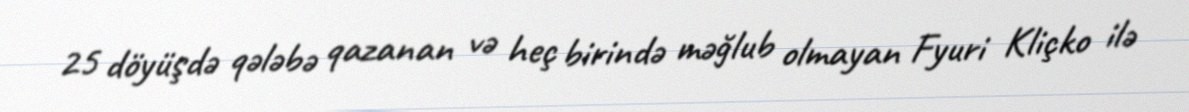
25 döyüşdə qələbə qazanan və heç birində məğlub olmayan Fyuri Kliçko ilə